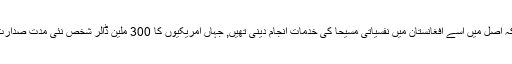
مگر بعد میں یہ پتہ چلا کہ اصل میں اسے افغانستان میں نفسیاتی مسیحا کی خدمات انجام دینی تھیں, جہاں امریکیوں کا 300 ملین ڈالر شخص نئی مدت صدارت کا حلف اٹھانے کو ہے۔